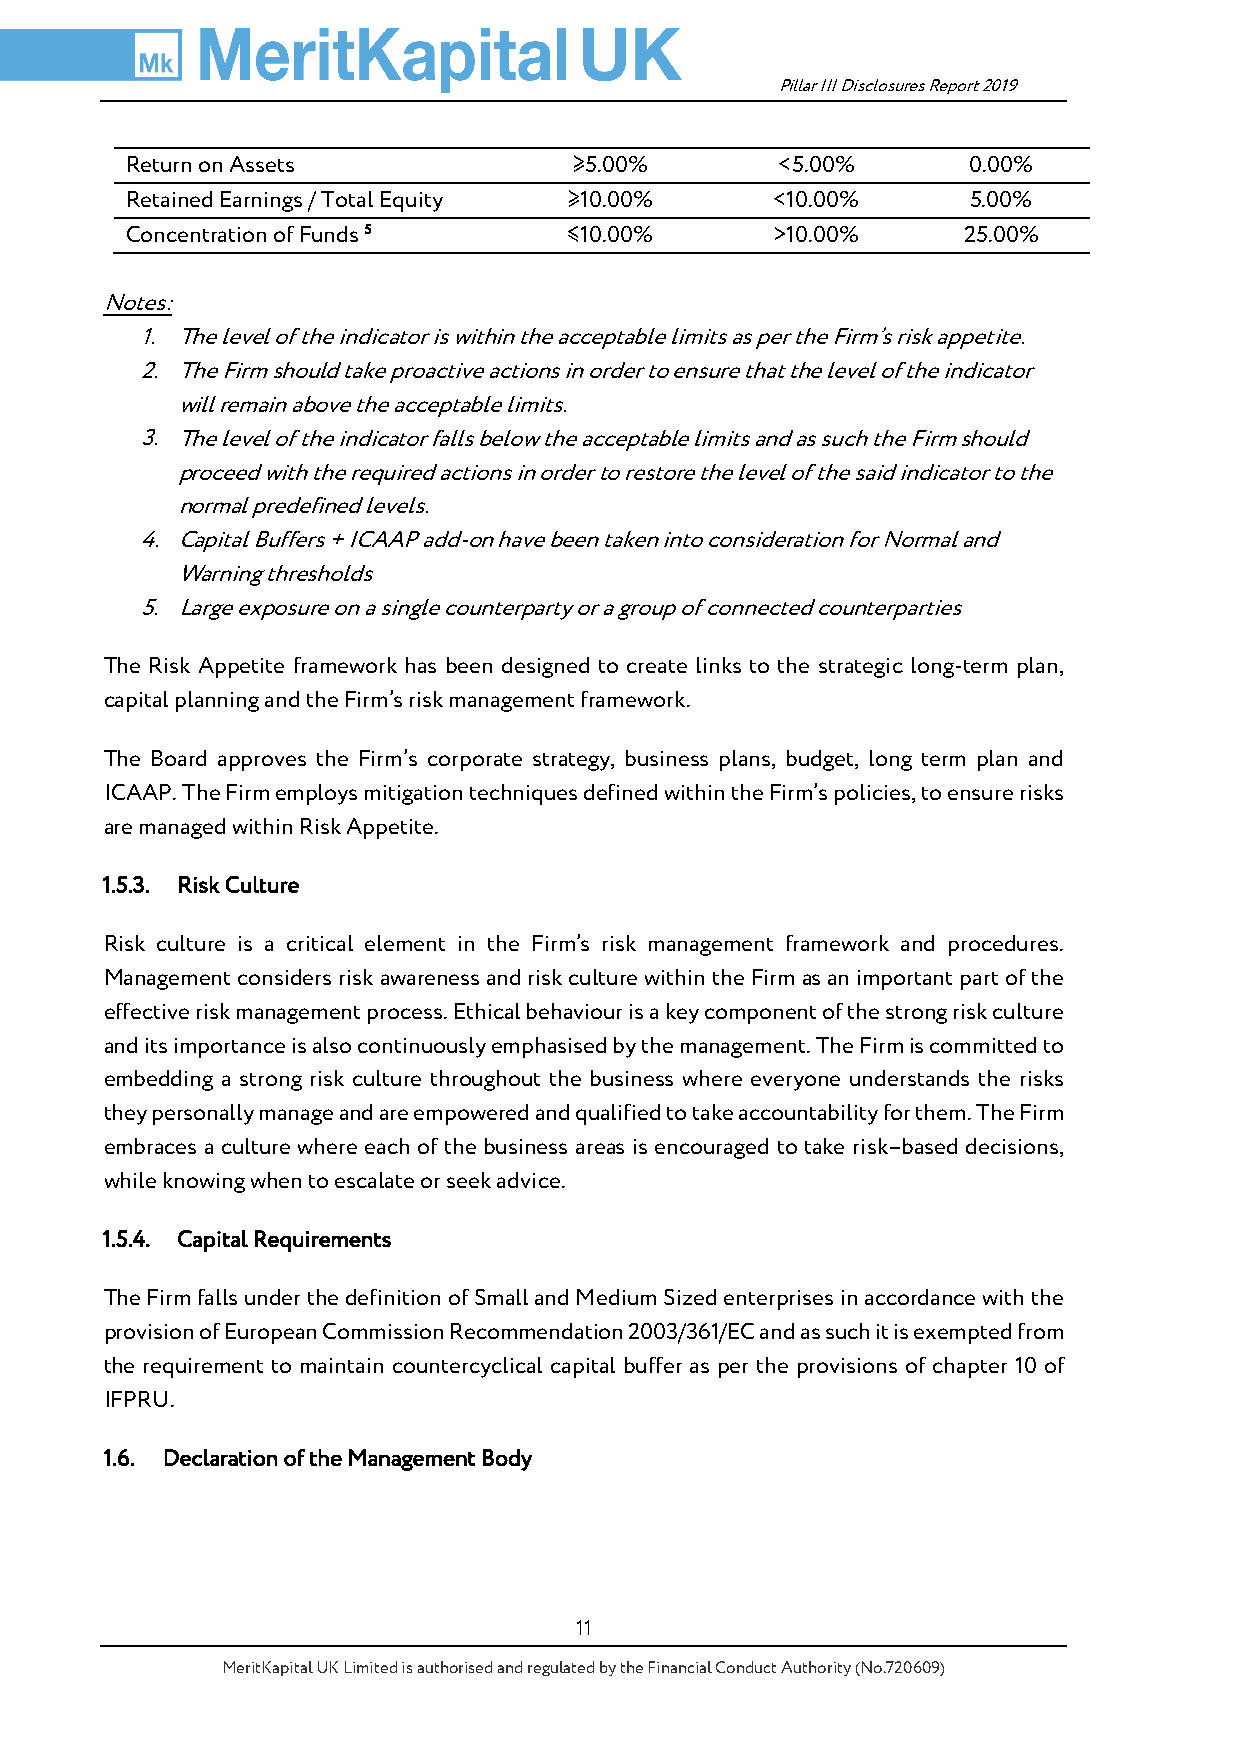
Pillar III Disclosures Report 2019
 Return on Assets              ≥5.00%       <5.00%       0.00%
 Retained Earnings / Total Equity ≥10.00%   <10.00%      5.00%
 Concentration of Funds 5      ≤10.00%      >10.00%      25.00%
 Notes:
 1. The level of the indicator is within the acceptable limits as per the Firm’s risk appetite.
 2. The Firm should take proactive actions in order to ensure that the level of the indicator
 will remain above the acceptable limits.
 3. The level of the indicator falls below the acceptable limits and as such the Firm should
 proceed with the required actions in order to restore the level of the said indicator to the
 normal predefined levels.
 4. Capital Buffers + ICAAP add-on have been taken into consideration for Normal and
 Warning thresholds
 5. Large exposure on a single counterparty or a group of connected counterparties
 The Risk Appetite framework has been designed to create links to the strategic long-term plan,
 capital planning and the Firm’s risk management framework.
 The Board approves the Firm’s corporate strategy, business plans, budget, long term plan and
 ICAAP. The Firm employs mitigation techniques defined within the Firm’s policies, to ensure risks
 are managed within Risk Appetite.
 1.5.3. Risk Culture
 Risk culture is a critical element in the Firm’s risk management framework and procedures.
 Management considers risk awareness and risk culture within the Firm as an important part of the
 effective risk management process. Ethical behaviour is a key component of the strong risk culture
 and its importance is also continuously emphasised by the management. The Firm is committed to
 embedding a strong risk culture throughout the business where everyone understands the risks
 they personally manage and are empowered and qualified to take accountability for them. The Firm
 embraces a culture where each of the business areas is encouraged to take risk–based decisions,
 while knowing when to escalate or seek advice.
 1.5.4. Capital Requirements
 The Firm falls under the definition of Small and Medium Sized enterprises in accordance with the
 provision of European Commission Recommendation 2003/361/EC and as such it is exempted from
 the requirement to maintain countercyclical capital buffer as per the provisions of chapter 10 of
 IFPRU.
 1.6. Declaration of the Management Body
 11
 MeritKapital UK Limited is authorised and regulated by the Financial Conduct Authority (No.720609)